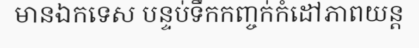
មានឯកទេស បន្ទប់ទឹកកញ្ចក់កំដៅភាពយន្ត